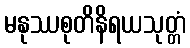
မနုဿစုတိနိရယသုတ္တံ